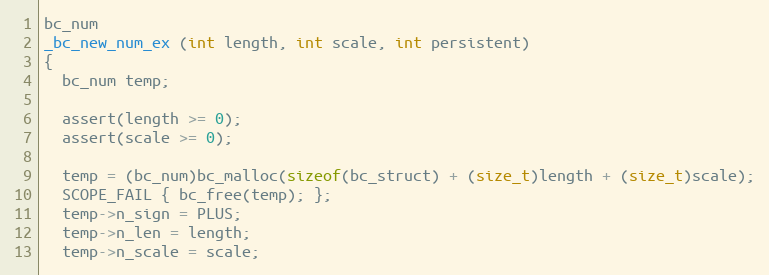
Language: C++
bc_num
_bc_new_num_ex (int length, int scale, int persistent)
{
  bc_num temp;

  assert(length >= 0);
  assert(scale >= 0);

  temp = (bc_num)bc_malloc(sizeof(bc_struct) + (size_t)length + (size_t)scale);
  SCOPE_FAIL { bc_free(temp); };
  temp->n_sign = PLUS;
  temp->n_len = length;
  temp->n_scale = scale;